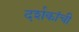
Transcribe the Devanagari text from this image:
दर्शकांची